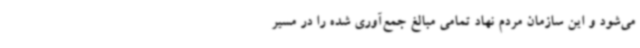
می‌شود و این سازمان مردم نهاد تمامی مبالغ جمع‌آوری شده را در مسیر